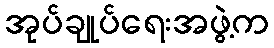
အုပ်ချုပ်ရေးအဖွဲ့က